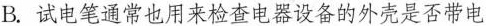
B.试电笔通常也用来检查电器设备的外壳是否带电